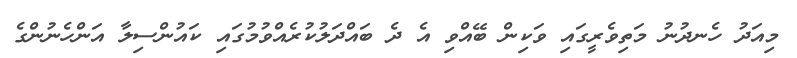
މިއަދު ހެނދުނު މަތިވެރީގައި ވަކިން ބޭއްވި އެ ދެ ބައްދަލުކުރެއްވުމުގައި ކައުންސިލާ އަންހެނުންގެ